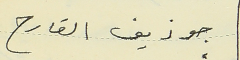
جوزيف القارح